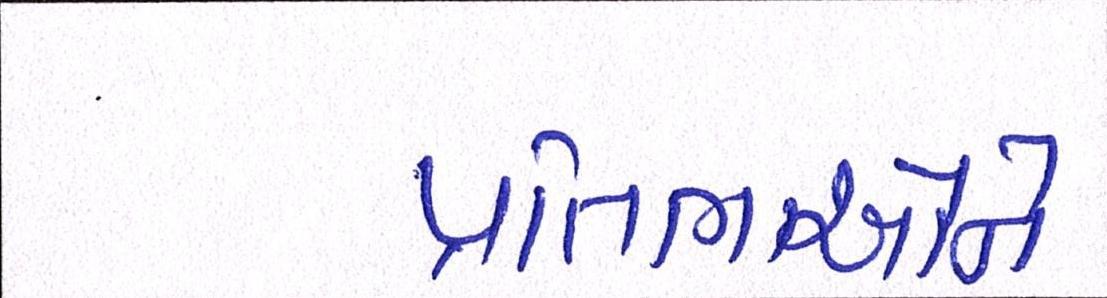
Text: પ્રતિભાઓને